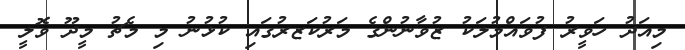
މިއަދު ހަވީރު ފުވައްމުލަކު ޒުވާނުންގެ މަރުކަޒރުގައި ކުޅުނު މި މެޗު މީދޫ ވޮލީ